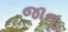
જાનૂ